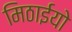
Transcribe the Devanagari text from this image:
मिठाईयो